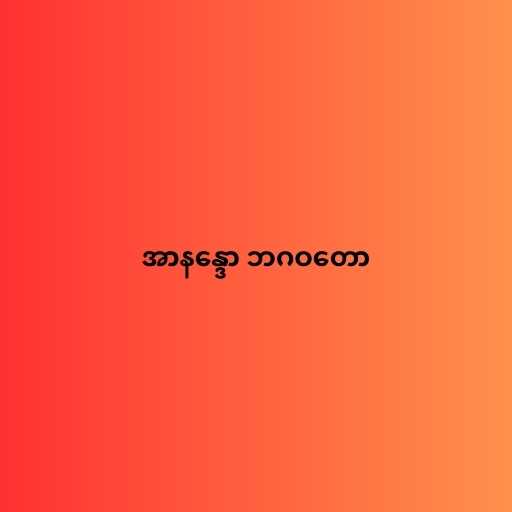
အာနန္ဒော ဘဂဝတော